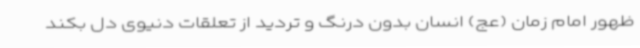
ظهور امام زمان (عج) انسان بدون درنگ و تردید از تعلقات دنیوی دل بکند